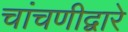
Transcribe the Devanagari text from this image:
चांचणीद्वारे